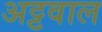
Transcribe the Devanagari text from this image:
अट्टवाल